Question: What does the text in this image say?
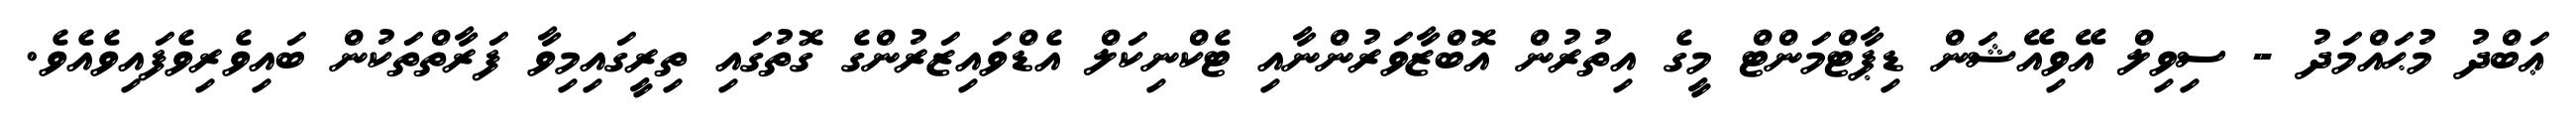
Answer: ޢަބްދު މުޙައްމަދު - ސިވިލް އޭވިއޭޝަން ޑިޕާޓްމަންޓް މީގެ އިތުރުން އޮބްޒާވަރުންނާއި ޓެކްނިކަލް އެޑްވައިޒަރުންގެ ގޮތުގައި ތިރީގައިމިވާ ފަރާތްތަކުން ބައިވެރިވެފައިވެއެވެ.